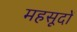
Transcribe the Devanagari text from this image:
महसूदों